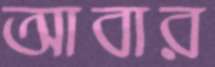
আবার